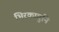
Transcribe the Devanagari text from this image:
भिरकावुनि